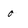
Character: o